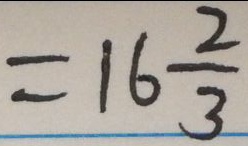
= 1 6 \frac { 2 } { 3 }